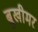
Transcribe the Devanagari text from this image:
ब्रुखीमर